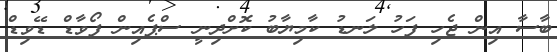
ބާސާ އިން ޖެހި ފަހު ލަނޑު ކާމިޔާބު ކޮށްދިނީ ސްޕެއިން ފޯވާޑް ޑޭވިޑް